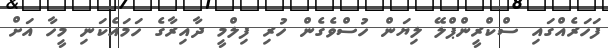
ފަހަރެއްގައި ސްކްރީންޕްލޭ ލިޔަން ހުސްވެގެން ހުރި ފިލްމީ ދާއިރާގެ ހަމައެކަނި މީހާ އަށް